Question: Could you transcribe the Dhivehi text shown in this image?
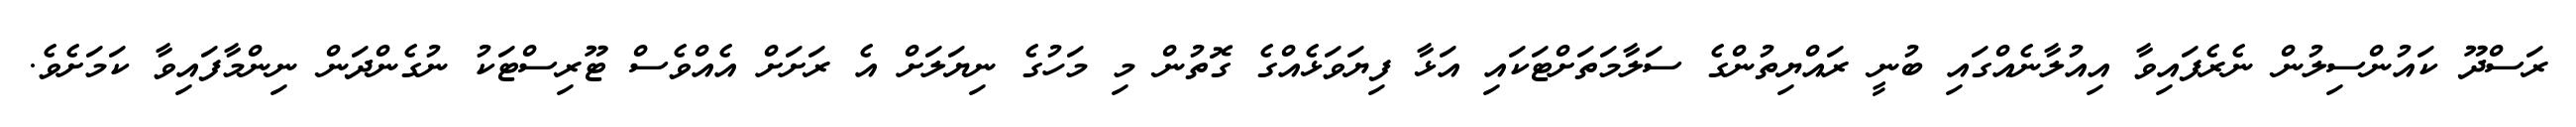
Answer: ރަސްދޫ ކައުންސިލުން ނެރެފައިވާ އިއުލާނެއްގައި ބުނީ ރައްޔިތުންގެ ސަލާމަތަށްޓަކައި އަޅާ ފިޔަވަޅެއްގެ ގޮތުން މި މަހުގެ ނިޔަލަށް އެ ރަށަށް އެއްވެސް ޓޫރިސްޓަކު ނުގެންދަން ނިންމާފައިވާ ކަމަށެވެ.